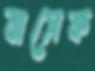
বাসেক